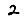
Digit: 2